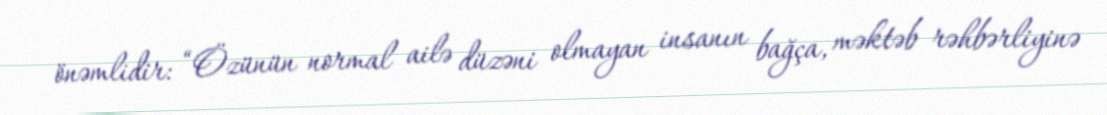
önəmlidir: “Özünün normal ailə düzəni olmayan insanın bağça, məktəb rəhbərliyinə